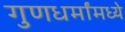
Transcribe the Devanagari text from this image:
गुणधर्मांमध्ये